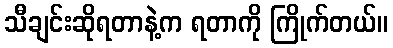
သီချင်းဆိုရတာနဲ့က ရတာကို ကြိုက်တယ်။